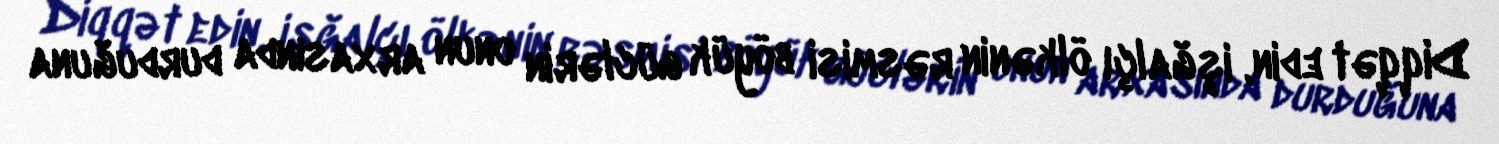
Diqqət edin, işğalçı ölkənin rəsmisi böyük güclərin onun arxasında durduğuna